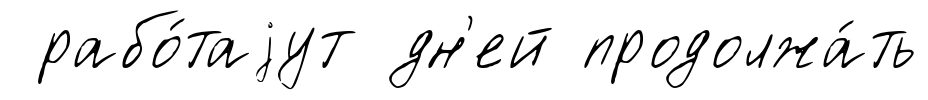
рабо́таjут дн'ей продолжа́ть